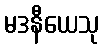
မဒနီယေသု